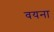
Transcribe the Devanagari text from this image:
वयना